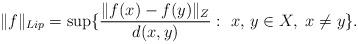
LaTeX: \begin{align*}\|f\|_{Lip} = \sup\{\frac{\|f(x)- f(y)\|_Z}{d(x, y)}: \ x, \,y \in X, \ x \not= y\}.\end{align*}